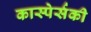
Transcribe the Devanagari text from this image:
कास्पेर्सकी